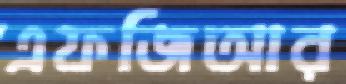
এফজিআর